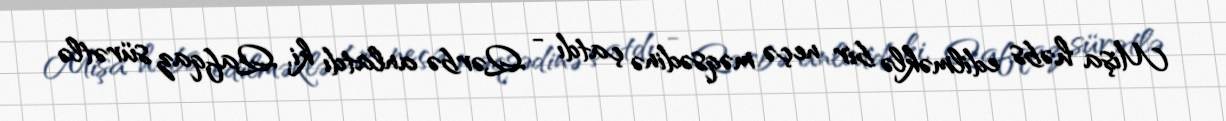
Mişa həbs edilməklə bir neçə məqsədinə çatdı - Qərbə anlatdı ki, Qafqaz sürətlə